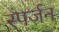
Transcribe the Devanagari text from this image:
स्पर्जन